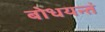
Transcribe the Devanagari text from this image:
बोधयन्तं